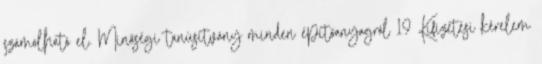
számolható el. Minőségi tanúsítvány minden építőanyagról 19 Kifizetési kérelem